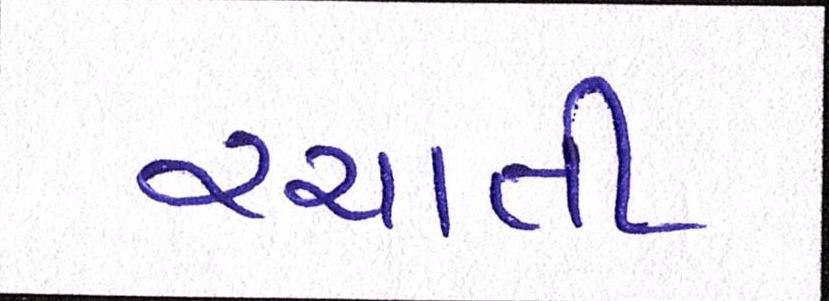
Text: રચાતી